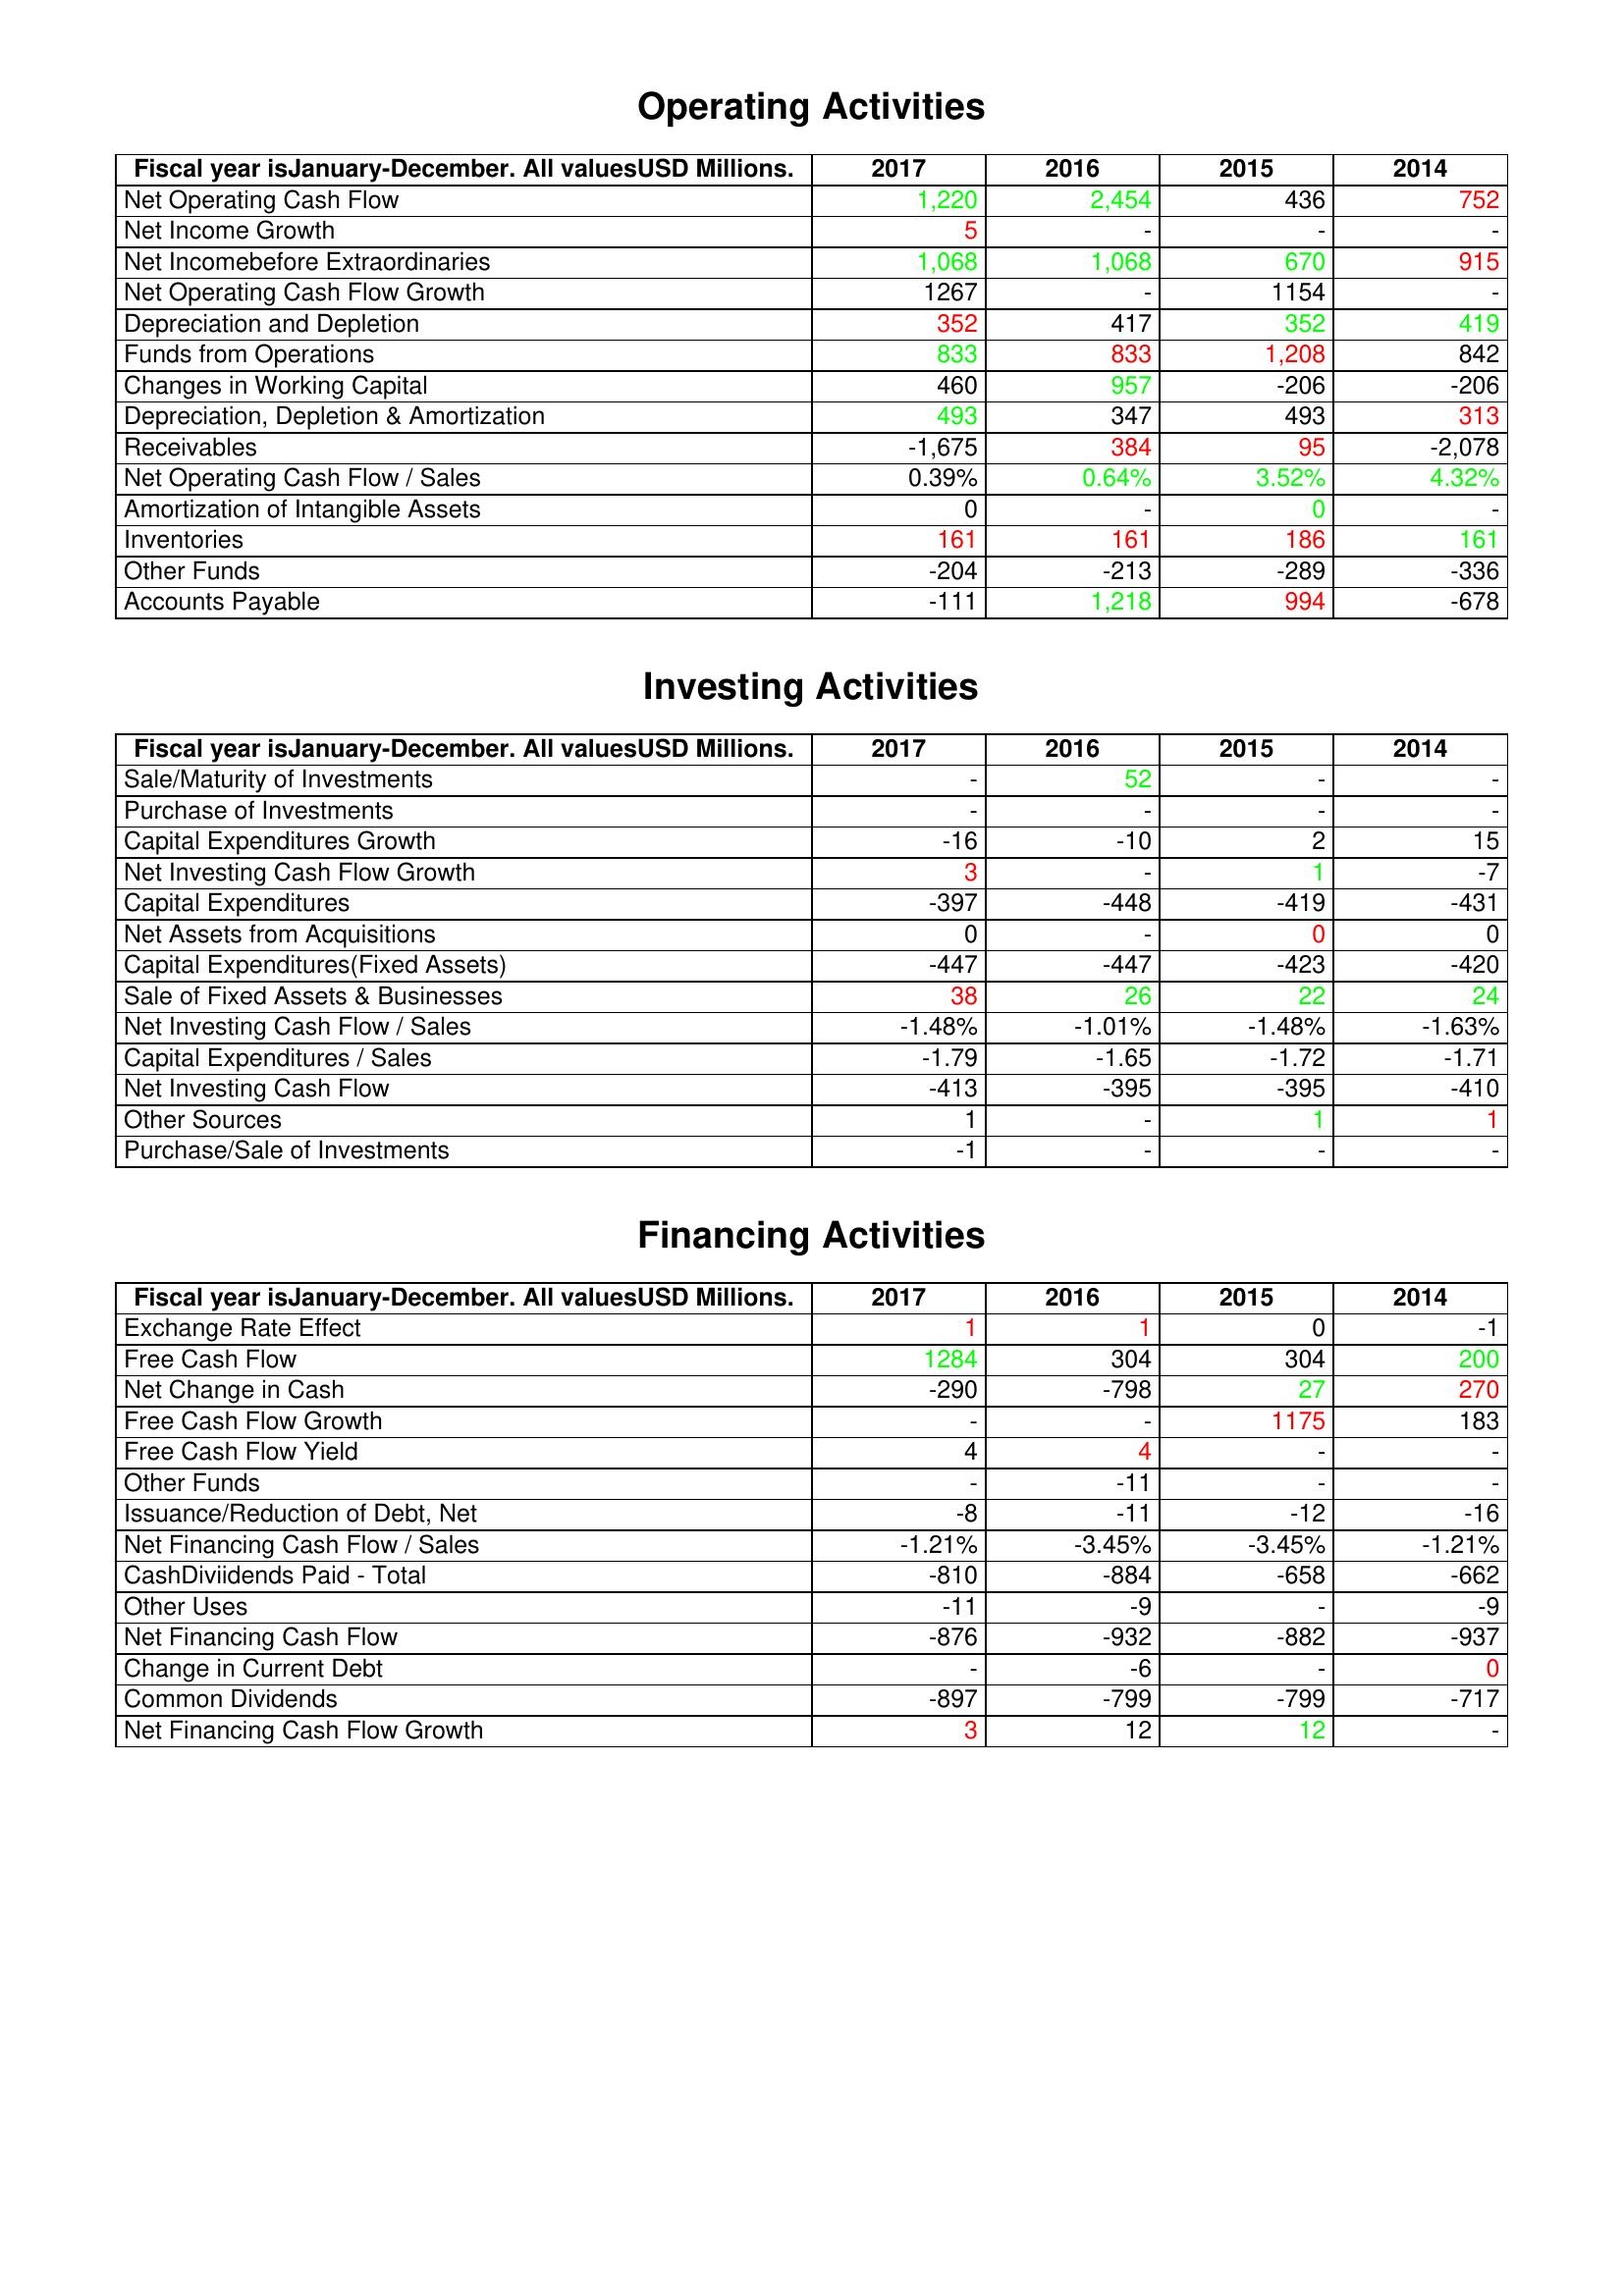
gt_parse: 2017: Operating Activities: Net Operating Cash Flow: 1,220
Net Income Growth: 5
Net Incomebefore Extraordinaries: 1,068
Net Operating Cash Flow Growth: 1267
Depreciation and Depletion: 352
Funds from Operations: 833
Changes in Working Capital: 460
Depreciation, Depletion & Amortization: 493
Receivables: -1,675
Net Operating Cash Flow / Sales: 0.39%
Amortization of Intangible Assets: 0
Inventories: 161
Other Funds: -204
Accounts Payable: -111
Investing Activities: Sale/Maturity of Investments: -
Purchase of Investments: -
Capital Expenditures Growth: -16
Net Investing Cash Flow Growth: 3
Capital Expenditures: -397
Net Assets from Acquisitions: 0
Capital Expenditures(Fixed Assets): -447
Sale of Fixed Assets & Businesses: 38
Net Investing Cash Flow / Sales: -1.48%
Capital Expenditures / Sales: -1.79
Net Investing Cash Flow: -413
Other Sources: 1
Purchase/Sale of Investments: -1
Financing Activities: Exchange Rate Effect: 1
Free Cash Flow: 1284
Net Change in Cash: -290
Free Cash Flow Growth: -
Free Cash Flow Yield: 4
Other Funds: -
Issuance/Reduction of Debt, Net: -8
Net Financing Cash Flow / Sales: -1.21%
CashDiviidends Paid - Total: -810
Other Uses: -11
Net Financing Cash Flow: -876
Change in Current Debt: -
Common Dividends: -897
Net Financing Cash Flow Growth: 3
2016: Operating Activities: Net Operating Cash Flow: 2,454
Net Income Growth: -
Net Incomebefore Extraordinaries: 1,068
Net Operating Cash Flow Growth: -
Depreciation and Depletion: 417
Funds from Operations: 833
Changes in Working Capital: 957
Depreciation, Depletion & Amortization: 347
Receivables: 384
Net Operating Cash Flow / Sales: 0.64%
Amortization of Intangible Assets: -
Inventories: 161
Other Funds: -213
Accounts Payable: 1,218
Investing Activities: Sale/Maturity of Investments: 52
Purchase of Investments: -
Capital Expenditures Growth: -10
Net Investing Cash Flow Growth: -
Capital Expenditures: -448
Net Assets from Acquisitions: -
Capital Expenditures(Fixed Assets): -447
Sale of Fixed Assets & Businesses: 26
Net Investing Cash Flow / Sales: -1.01%
Capital Expenditures / Sales: -1.65
Net Investing Cash Flow: -395
Other Sources: -
Purchase/Sale of Investments: -
Financing Activities: Exchange Rate Effect: 1
Free Cash Flow: 304
Net Change in Cash: -798
Free Cash Flow Growth: -
Free Cash Flow Yield: 4
Other Funds: -11
Issuance/Reduction of Debt, Net: -11
Net Financing Cash Flow / Sales: -3.45%
CashDiviidends Paid - Total: -884
Other Uses: -9
Net Financing Cash Flow: -932
Change in Current Debt: -6
Common Dividends: -799
Net Financing Cash Flow Growth: 12
2015: Operating Activities: Net Operating Cash Flow: 436
Net Income Growth: -
Net Incomebefore Extraordinaries: 670
Net Operating Cash Flow Growth: 1154
Depreciation and Depletion: 352
Funds from Operations: 1,208
Changes in Working Capital: -206
Depreciation, Depletion & Amortization: 493
Receivables: 95
Net Operating Cash Flow / Sales: 3.52%
Amortization of Intangible Assets: 0
Inventories: 186
Other Funds: -289
Accounts Payable: 994
Investing Activities: Sale/Maturity of Investments: -
Purchase of Investments: -
Capital Expenditures Growth: 2
Net Investing Cash Flow Growth: 1
Capital Expenditures: -419
Net Assets from Acquisitions: 0
Capital Expenditures(Fixed Assets): -423
Sale of Fixed Assets & Businesses: 22
Net Investing Cash Flow / Sales: -1.48%
Capital Expenditures / Sales: -1.72
Net Investing Cash Flow: -395
Other Sources: 1
Purchase/Sale of Investments: -
Financing Activities: Exchange Rate Effect: 0
Free Cash Flow: 304
Net Change in Cash: 27
Free Cash Flow Growth: 1175
Free Cash Flow Yield: -
Other Funds: -
Issuance/Reduction of Debt, Net: -12
Net Financing Cash Flow / Sales: -3.45%
CashDiviidends Paid - Total: -658
Other Uses: -
Net Financing Cash Flow: -882
Change in Current Debt: -
Common Dividends: -799
Net Financing Cash Flow Growth: 12
2014: Operating Activities: Net Operating Cash Flow: 752
Net Income Growth: -
Net Incomebefore Extraordinaries: 915
Net Operating Cash Flow Growth: -
Depreciation and Depletion: 419
Funds from Operations: 842
Changes in Working Capital: -206
Depreciation, Depletion & Amortization: 313
Receivables: -2,078
Net Operating Cash Flow / Sales: 4.32%
Amortization of Intangible Assets: -
Inventories: 161
Other Funds: -336
Accounts Payable: -678
Investing Activities: Sale/Maturity of Investments: -
Purchase of Investments: -
Capital Expenditures Growth: 15
Net Investing Cash Flow Growth: -7
Capital Expenditures: -431
Net Assets from Acquisitions: 0
Capital Expenditures(Fixed Assets): -420
Sale of Fixed Assets & Businesses: 24
Net Investing Cash Flow / Sales: -1.63%
Capital Expenditures / Sales: -1.71
Net Investing Cash Flow: -410
Other Sources: 1
Purchase/Sale of Investments: -
Financing Activities: Exchange Rate Effect: -1
Free Cash Flow: 200
Net Change in Cash: 270
Free Cash Flow Growth: 183
Free Cash Flow Yield: -
Other Funds: -
Issuance/Reduction of Debt, Net: -16
Net Financing Cash Flow / Sales: -1.21%
CashDiviidends Paid - Total: -662
Other Uses: -9
Net Financing Cash Flow: -937
Change in Current Debt: 0
Common Dividends: -717
Net Financing Cash Flow Growth: -